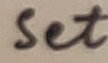
Text: Set